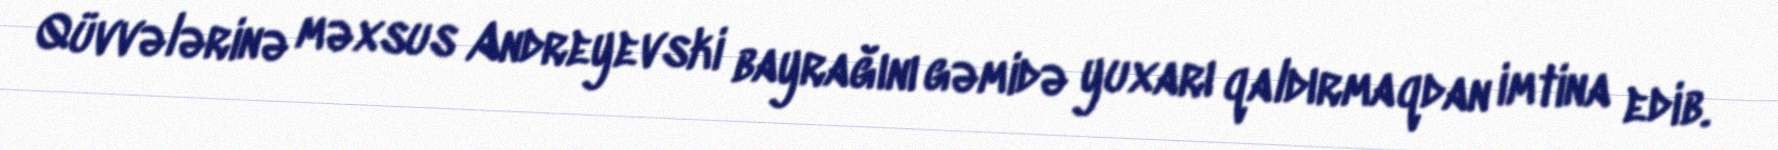
Qüvvələrinə məxsus Andreyevski bayrağını gəmidə yuxarı qaldırmaqdan imtina edib.